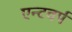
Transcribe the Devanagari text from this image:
एन्टवर्प